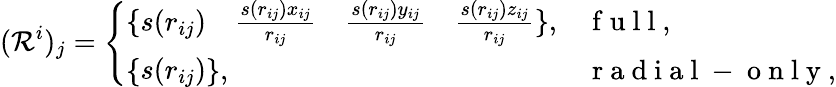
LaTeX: (\mathcal{R}^{i})_{j}=\left\{ \begin{array}{ll}{\{ \begin{array}{cccc}{s(r_{ij})}&{\frac{s(r_{ij})x_{ij}}{r_{ij}}}&{\frac{s(r_{ij})y_{ij}}{r_{ij}}}&{\frac{s(r_{ij})z_{ij}}{r_{ij}}}\end{array}\} ,}&{\mathrm{~f~u~l~l~},}\\ {\{ \begin{array}{c}{s(r_{ij})}\end{array}\} ,}&{\mathrm{~r~a~d~i~a~l~-~o~n~l~y~},}\end{array}\right.